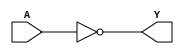
/********************************************/
/*                                          */
/* Supergate cell library for Bench marking */
/*                                          */
/* Symbiotic EDA GmbH / Moseley Instruments */
/* Niels A. Moseley                         */
/*                                          */
/* Process: none                            */
/*                                          */
/* Date   : 02-11-2018                      */
/* Version: 1.0                             */
/*                                          */
/********************************************/

module inv(input A, output Y);
  assign Y = ~A;
endmodule

module tri_inv(input A, input S, output reg Y);
  always@(*)
  begin
    if (S==1'b0)
      begin
        Y <= 1'bz;
      end
    else  
      begin
        Y <= ~A;
      end
  end
endmodule

module buffer(input A, output Y);
  assign Y = A;
endmodule

module nand2(input A, input B, output Y);
  assign Y = ~(A & B);
endmodule

module nor2(input A, input B, output Y);
  assign Y = ~(A | B);
endmodule

module xor2(input A, input B, output Y);
  assign Y = A ^ B;
endmodule  

module imux2(input A, input B, input S, output Y);
  assign Y = ~(S ? A : B);
endmodule

module dff(input CLK, input D, input RESET, input PRESET, output reg Q, output reg QN);
  always@(CLK or RESET or PRESET)
  begin
    if (RESET)
      begin
        Q  <= 1'b0;
        QN <= 1'b1;
      end
    else
    if (PRESET)
      begin
        Q  <= 1'b1;
        QN <= 1'b0;
      end      
    else 
    if (CLK)
      begin
        Q  <= D;
        QN <= ~D;
      end
  end      
endmodule

module latch(input G, input D, output reg Q, output reg QN);
  always@(G or D)
  begin
    if (G)
      begin
        Q  <= D;
        QN <= ~D;
      end
  end      
endmodule


module aoi211(input A, input B, input C, output Y);
  assign Y = ~((A&B)|C);
endmodule

module oai211(input A, input B, input C, output Y);
  assign Y = ~((A|B)&C);
endmodule

module halfadder(input A, input B, output C, output Y);
  assign Y = A^B;
  assign C = A&B;
endmodule

module fulladder(input A, input B, input CI, output CO, output Y);
  assign Y = (A^B)^CI;
  assign CO = ((A&B)|(B&CI))|(CI&A);
endmodule